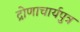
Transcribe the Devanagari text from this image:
द्रोणाचार्यपुत्र